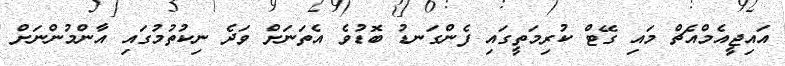
އައިޖީއެމްއެޗް މައި ގޭޓް ކުރިމަތީގައި ފެންގަނޑު ބޮޑުވެ އެތަނަށް ވަދެ ނިކުތުމުގައި އާންމުންނަށް